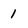
Character: 1